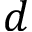
d